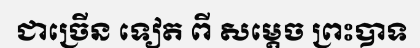
ជាច្រើន ទៀត ពី សម្តេច ព្រះបាទ